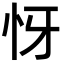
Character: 㤉